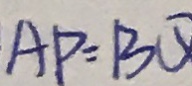
A P = B Q